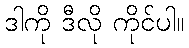
ဒါကို ဒီလို ကိုင်ပါ။